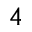
4